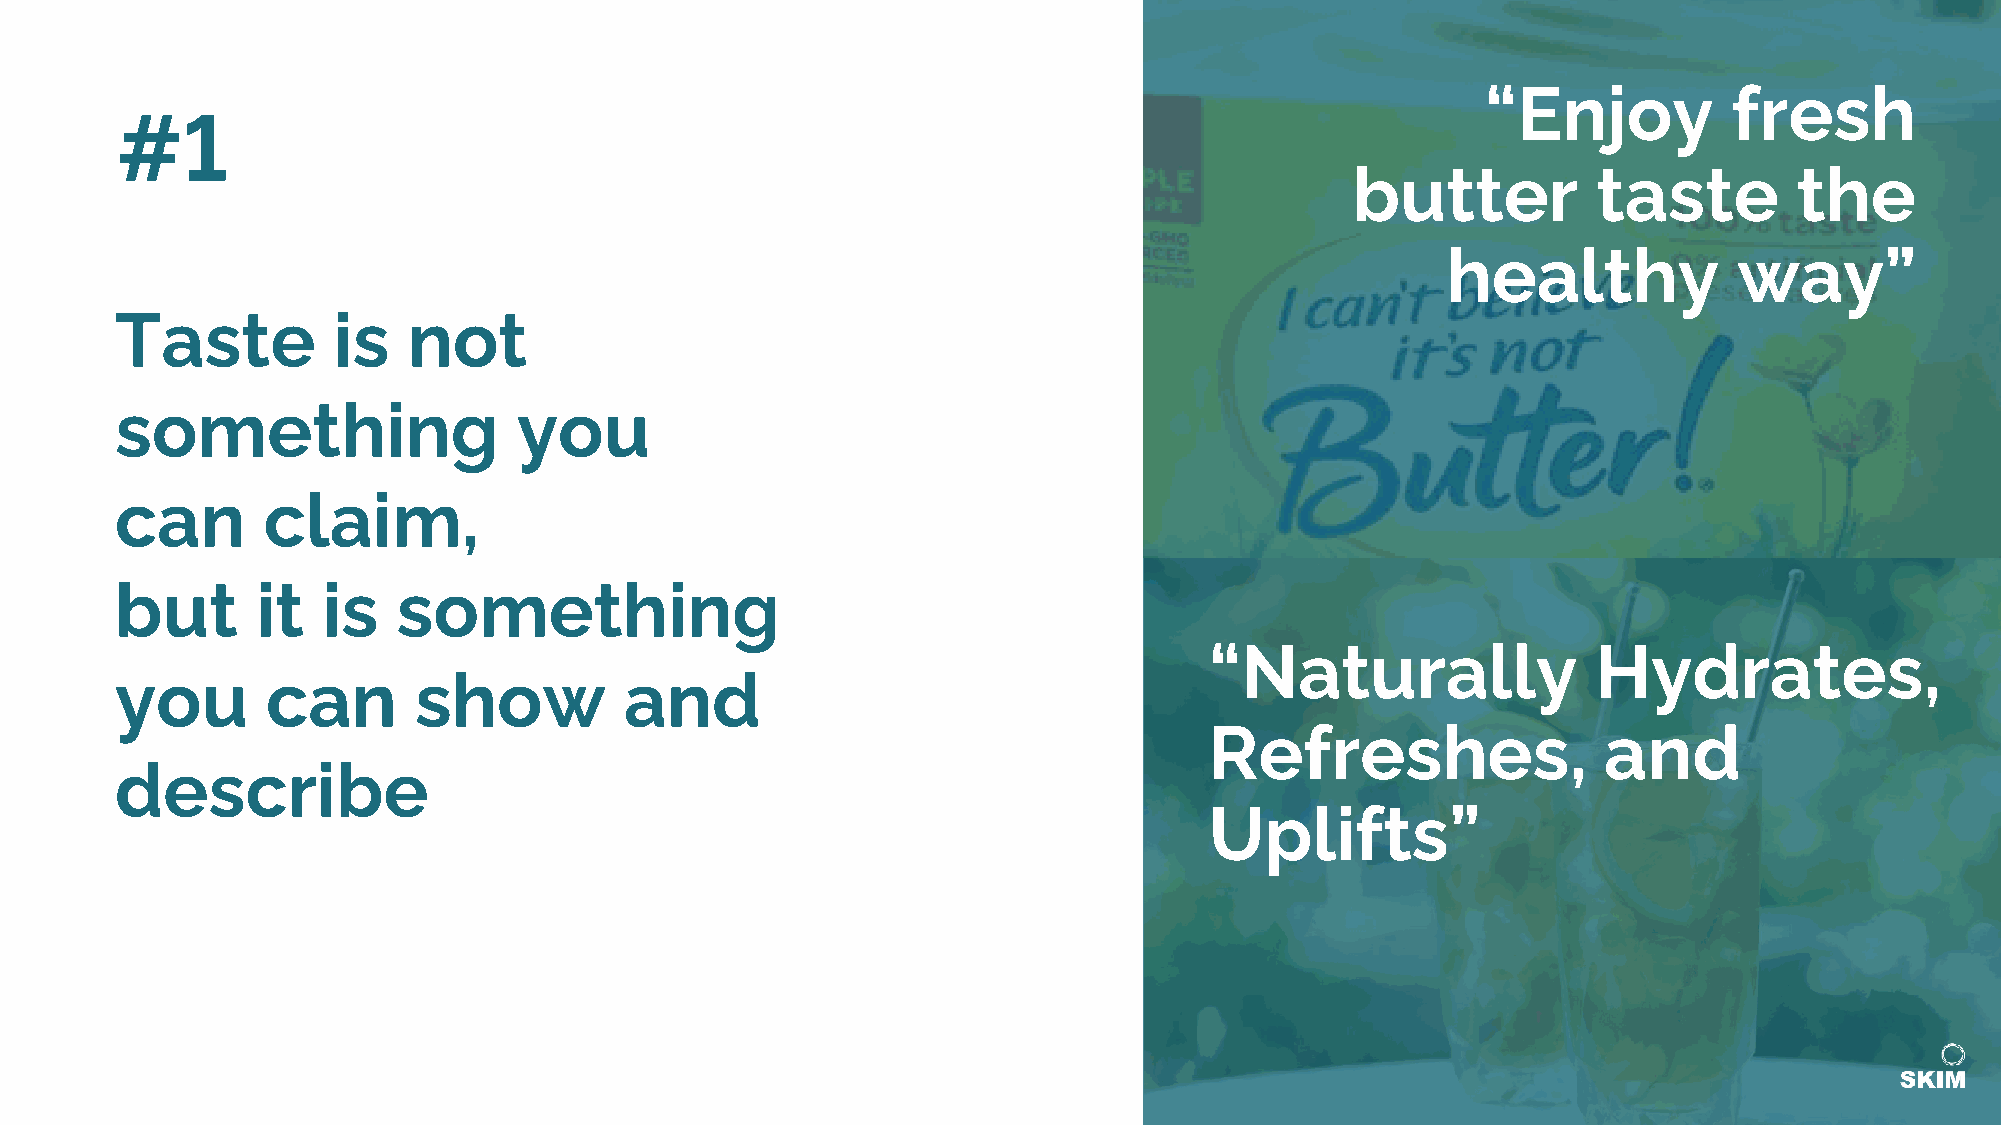
“Enjoy           fresh
 #1
 butter          taste        the
 healthy            way”
 Taste         is   not
 something                 you
 can      claim,
 but      it  is   something
 “Naturally                Hydrates,
 you       can      show          and
 Refreshes,                and
 describe
 Uplifts”